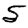
Digit: 5